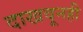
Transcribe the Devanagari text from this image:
दाखवूनही